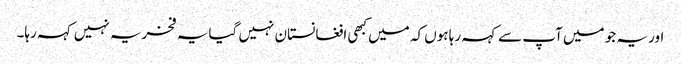
اور یہ جو میں آپ سے کہہ رہا ہوں کہ میں کبھی افغانستان نہیں گیا یہ فخریہ نہیں کہہ رہا۔